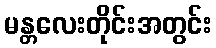
မန္တလေးတိုင်းအတွင်း